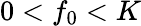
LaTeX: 0<f_{0}<K